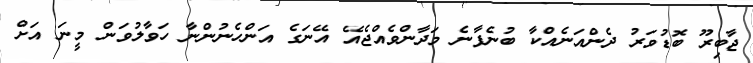
ޖާބިރޫ ބޮޑުވަރު ދެންއަނެއްކާ ބުނެފާނެ މަދާންވެއްޖެއޭ އޭނަގެ އަންހެނުންނާ ހަވާލުވަން މީނަ އަށް